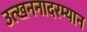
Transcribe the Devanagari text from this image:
उत्खननादरम्यान